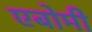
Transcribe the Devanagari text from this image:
एबोमी